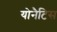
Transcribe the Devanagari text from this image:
योनैटिस